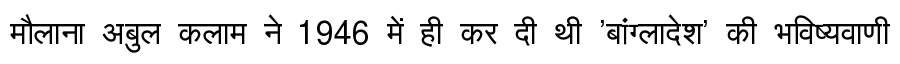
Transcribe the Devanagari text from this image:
मौलाना अबुल कलाम ने 1946 में ही कर दी थी 'बांग्लादेश' की भविष्यवाणी